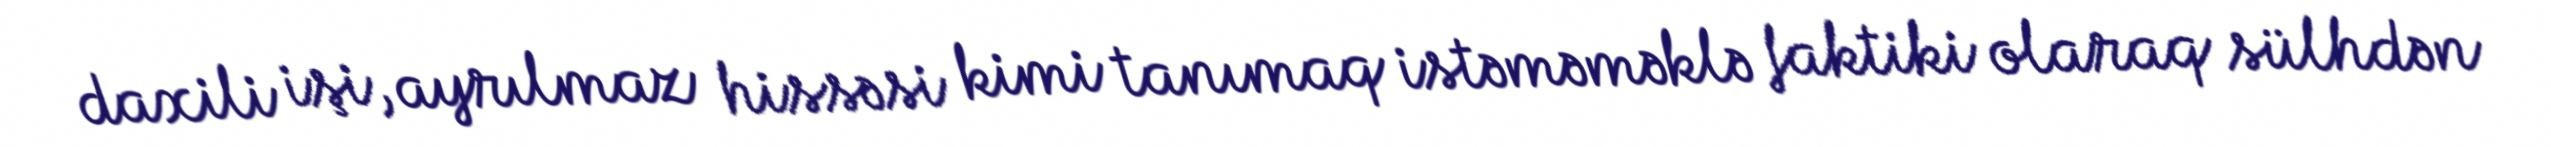
daxili işi, ayrılmaz hissəsi kimi tanımaq istəməməklə faktiki olaraq sülhdən